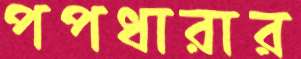
পপধারার